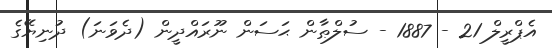
އެޕްރީލް 21 - 1887 - ސުލްޠާން ޙަސަން ނޫރައްދީން (ދެވަނަ) ދުނިޔޭގެ